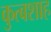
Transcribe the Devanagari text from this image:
कुत्बशाह